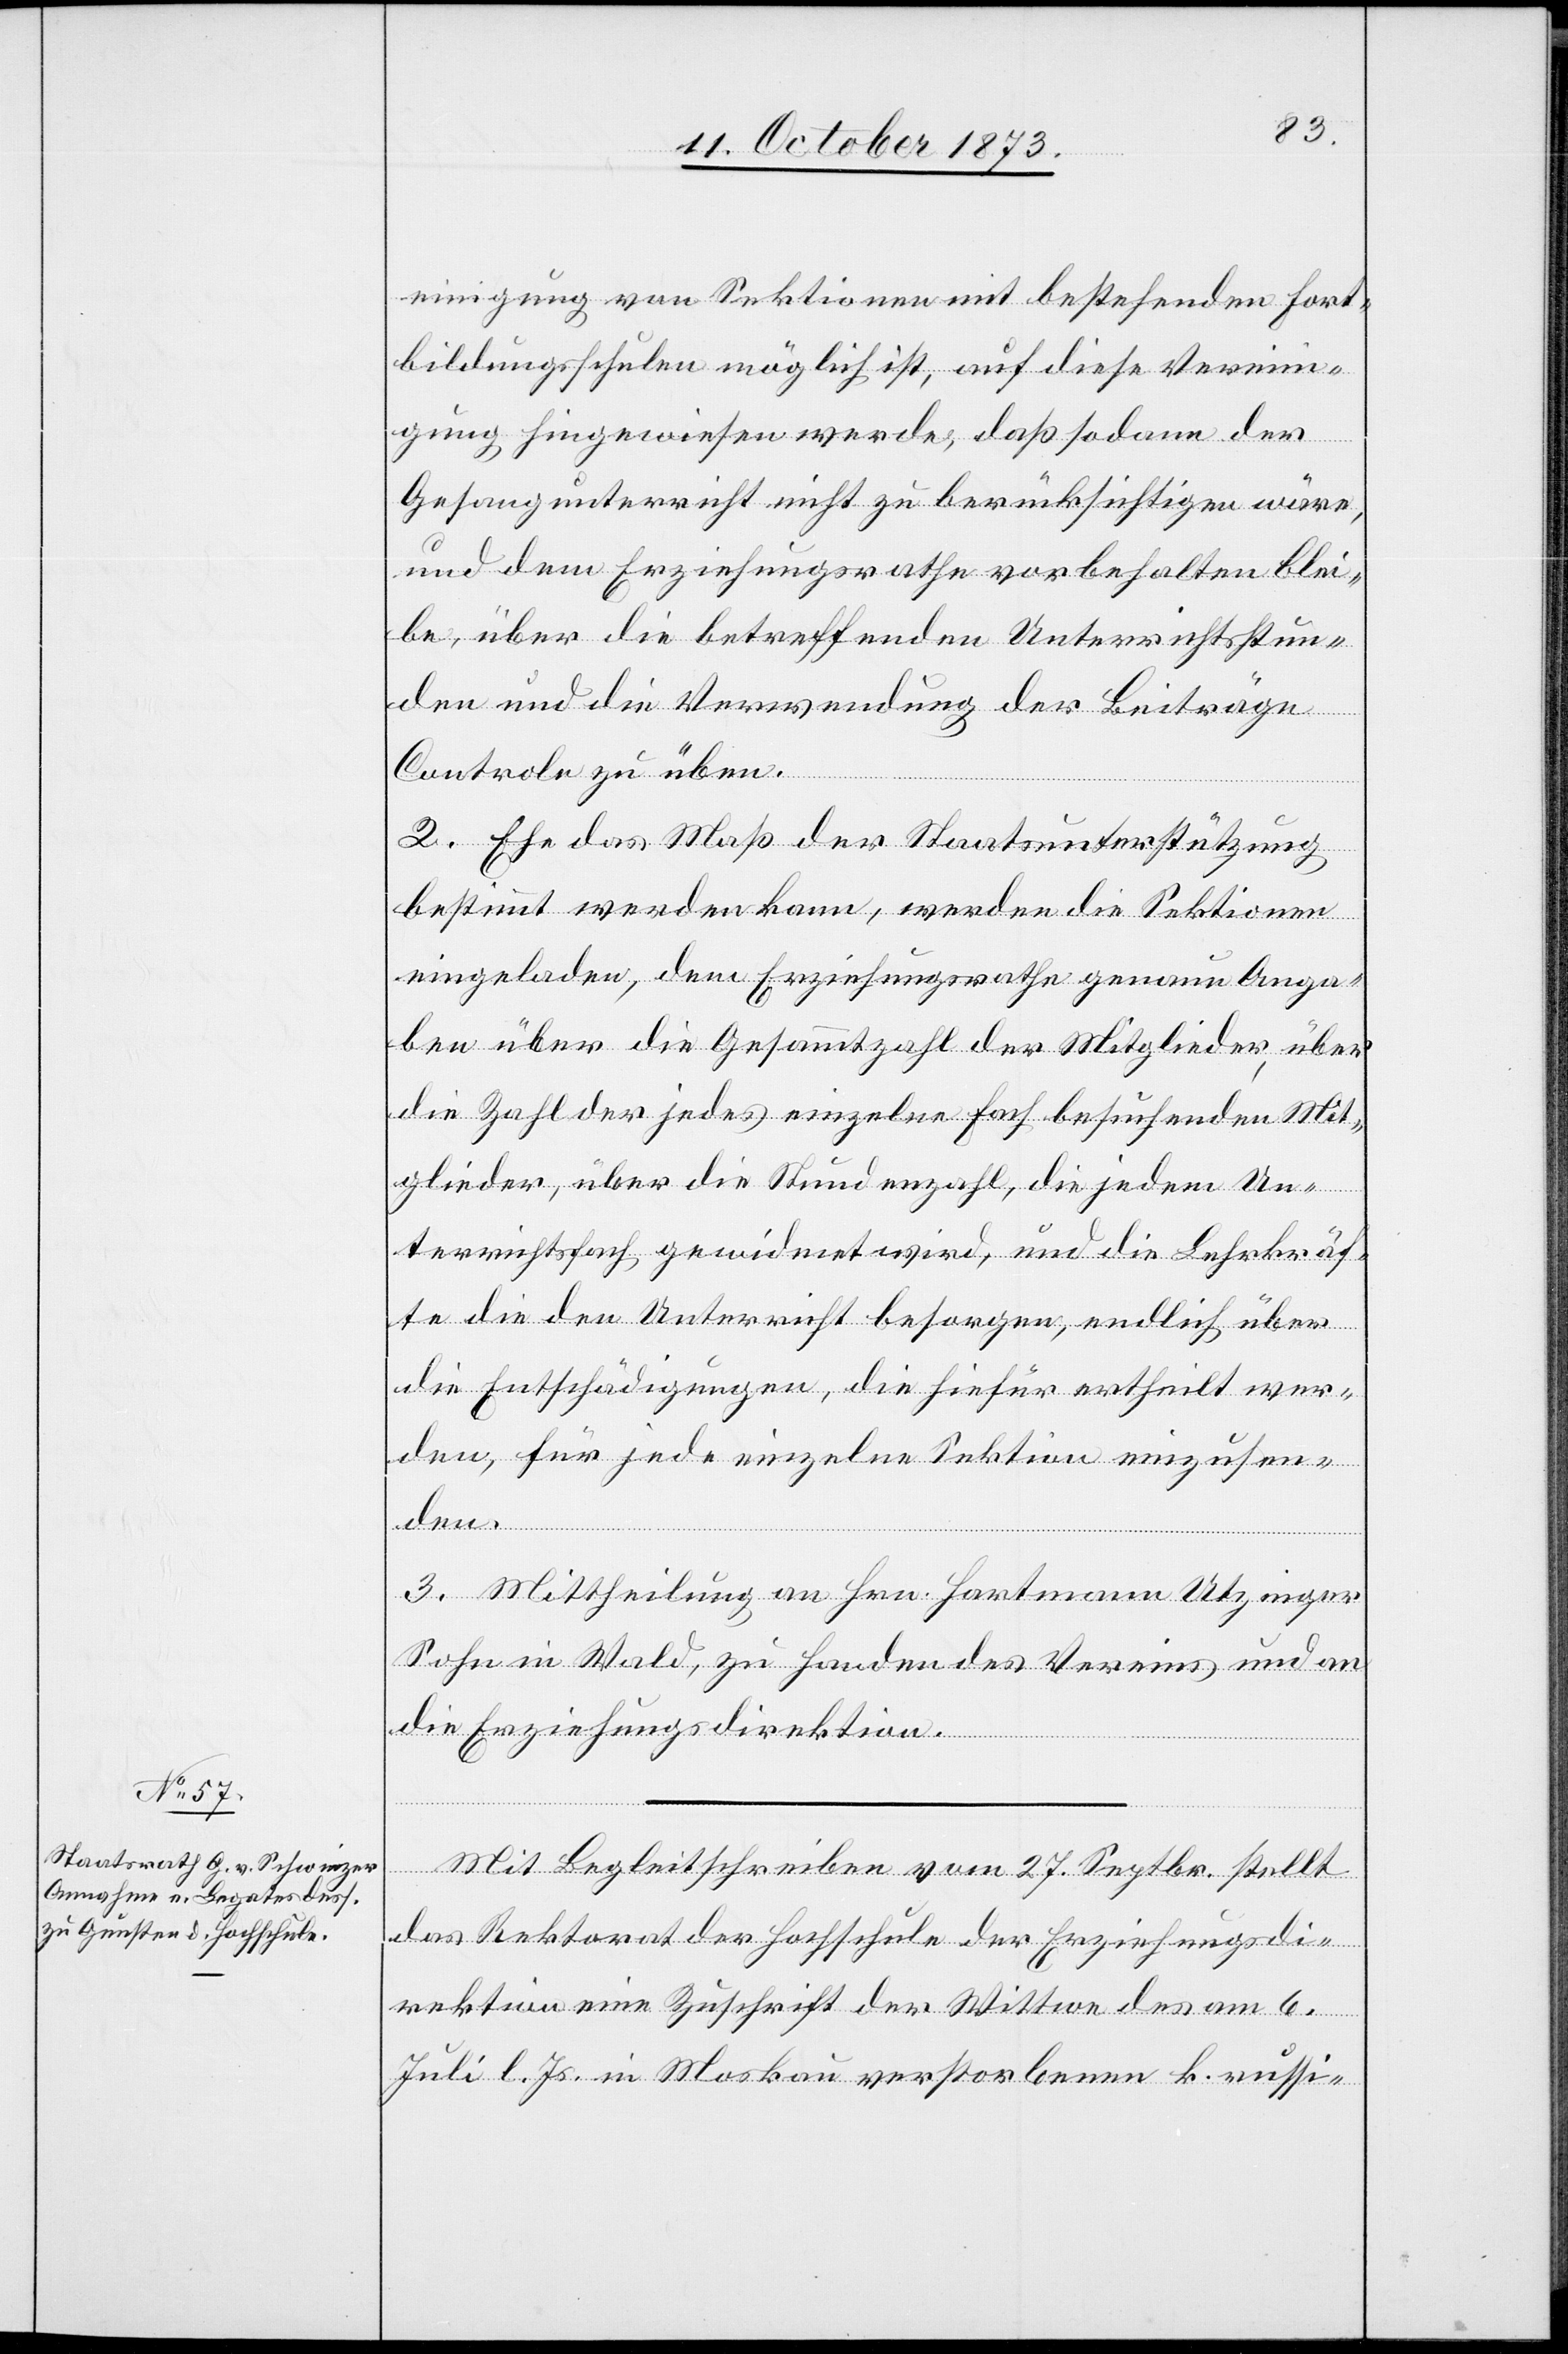
einigung von Sektionen mit bestehenden Fort¬
bildungsschulen möglich ist, auf diese Vereini¬
gung hingewiesen werde, daß sodann der
Gesangunterricht nicht zu berücksichtigen wäre,
und dem Erziehungsrathe vorbehalten blei¬
be, über die betreffenden Unterrichtsstun¬
den und die Verwendung der Beiträge
Controle zu üben.
2. Ehe das Maß der Staatsunterstützung
bestimmt werden kann, werden die Sektionen
eingeladen, dem Erziehungsrathe genaue Anga¬
ben über die Gesammtzahl der Mitglieder, über
die Zahl der jedes einzelne Fach besuchenden Mit¬
glieder, über die Stundenzahl, die jedem Un¬
terrichtsfach gewidmet wird, und die Lehrkräf¬
te die den Unterricht besorgen, endlich über
die Entschädigungen, die hiefür ertheilt wer¬
den, für jede einzelne Sektion einzusen¬
den.
3. Mittheilung an Hrn. Hartmann Utzinger
Sohn in Wald, zu Handen des Vereins und an
die Erziehungsdirektion.
Mit Begleitschreiben vom 27. Septbr. stellt
das Rektorat der Hochschule der Erziehungsdi¬
rektion eine Zuschrift der Wittwe des am 6.
Juli l. Js. in Moskau verstorbenen k. russi-